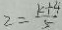
2 = \frac { k + 4 } { 5 }